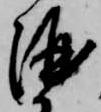
酒